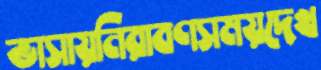
ভাসায়নিরাবণসময়দেখ